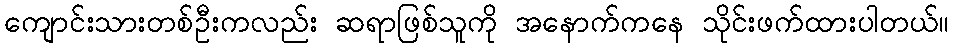
ကျောင်းသားတစ်ဦးကလည်း ဆရာဖြစ်သူကို အနောက်ကနေ သိုင်းဖက်ထားပါတယ်။